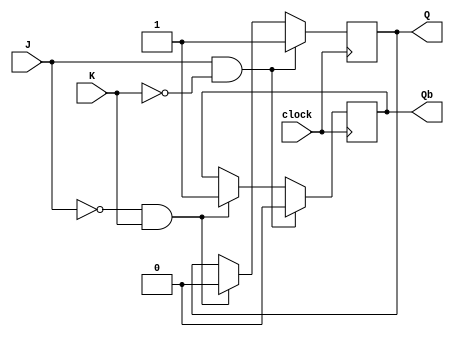
module negative_edge_JK_FF (
    input wire J,
    input wire K,
    input wire clock,
    output reg Q,
    output reg Qb
);

reg Q_next, Qb_next;

always @(negedge clock) begin
    if (J && !K) begin
        Q_next <= 1'b1;
        Qb_next <= 1'b0;
    end else if (!J && K) begin
        Q_next <= 1'b0;
        Qb_next <= 1'b1;
    end else if (J && K) begin
        Q_next <= Q;
        Qb_next <= Qb;
    end else begin
        Q_next <= Q;
        Qb_next <= Qb;
    end
end

always @* begin
    Q <= Q_next;
    Qb <= Qb_next;
end

endmodule